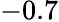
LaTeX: -0.7